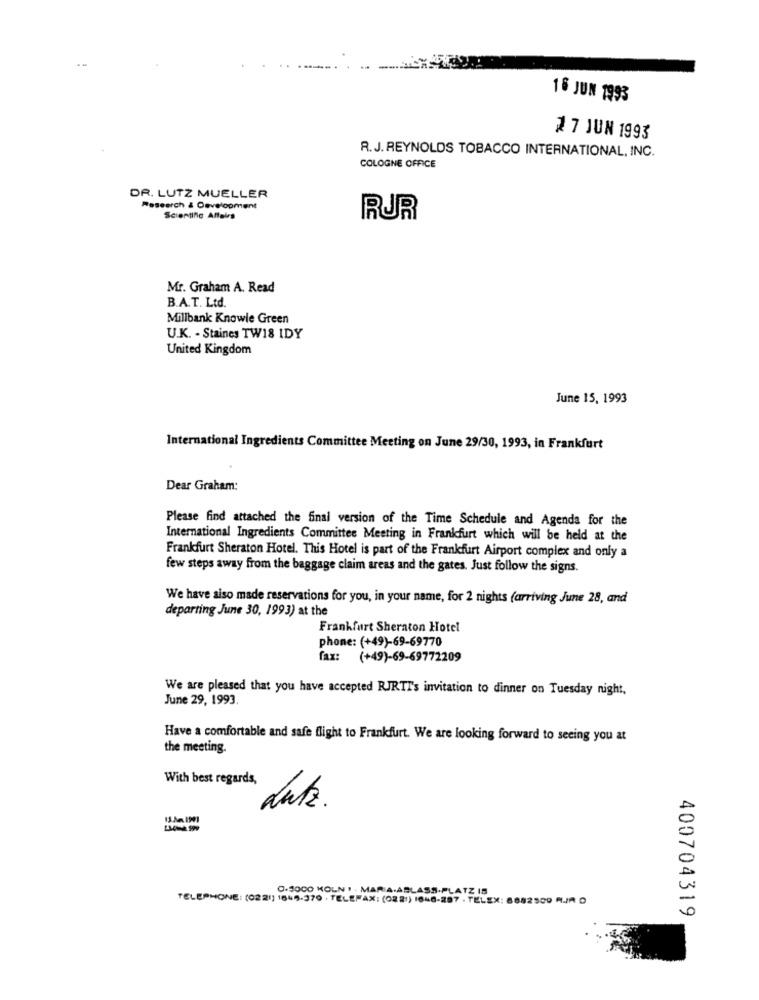
16 JUN 1993
2 7 JUN 1993
R.J. REYNOLDS TOBACCO INTERNATIONAL, INC.
COLOGNE OFFICE
DR. LUTZ MUELLER
Research & Development
Scientific Affairs
RUR
Mr. Graham A. Read
B.A.T. Ltd.
Millbank Knowle Green
U.K. . Staines TW18 IDY
United Kingdom
June 15, 1993
International Ingredients Committee Meeting on June 29/30, 1993, in Frankfurt
Dear Graham:
Please find attached the final version of the Time Schedule and Agenda for the
International Ingredients Committee Meeting in Frankfurt which will be held at the
Frankfurt Sheraton Hotel. This Hotel is part of the Frankfurt Airport complex and only a
few steps away from the baggage claim areas and the gates. Just follow the signs.
We have also made reservations for you, in your name, for 2 nights (arriving June 28, and
departing June 30, 1993) at the
Frankfurt Sheraton Hotel
phone: (+49)-69-69770
fax:
(+49)-69-69772209
We are pleased that you have accepted RJRTT's invitation to dinner on Tuesday night,
June 29, 1993.
Have a comfortable and safe flight to Frankfurt. We are looking forward to seeing you at
the meeting.
With best regards,
dutz.
0.5000 KOLN 1 . MARIA.ABLASS.PLATZ 15
TELEPHONE: (0221) 1645.370 . TELEFAX: (0221) 1848-287 · TELEX: 6882500 M./R O
400704319